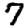
Digit: 7